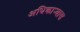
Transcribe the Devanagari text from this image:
अधिकार्‍यास